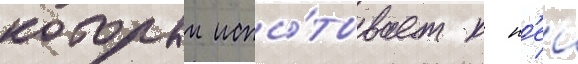
которыи испы́тывает к н'еи